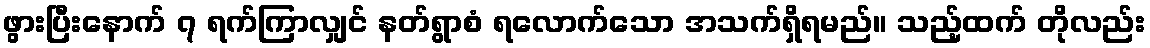
ဖွားပြီးနောက် ၇ ရက်ကြာလျှင် နတ်ရွာစံ ရလောက်သော အသက်ရှိရမည်။ သည့်ထက် တိုလည်း